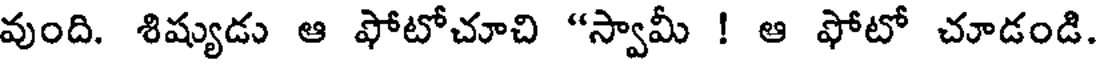
వుంది. శిష్యుడు ఆ ఫోటోచూచి "స్వామీ ! ఆ ఫోటో చూడండి.